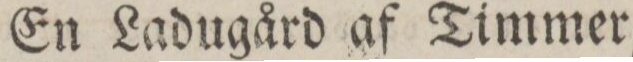
En Ladugård af Timmer,